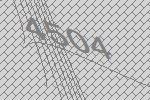
4504